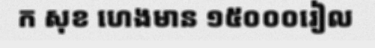
ក សុខ ហេងមាន ១៥០០០រៀល